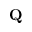
{ \bf Q }